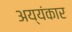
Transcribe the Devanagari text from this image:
अय्यंकार